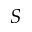
S